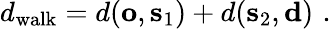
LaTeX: d_{\mathrm{walk}}=d(\mathbf{o},\mathbf{s}_{1})+d(\mathbf{s}_{2},\mathbf{d})\, \, .